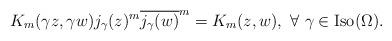
LaTeX: \begin{align*} K_m(\gamma z, \gamma w) j_\gamma(z)^m \overline{j_\gamma(w)}^m = K_m (z,w), \ \forall \ \gamma\in {\rm Iso}(\Omega).\end{align*}